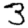
Digit: 3